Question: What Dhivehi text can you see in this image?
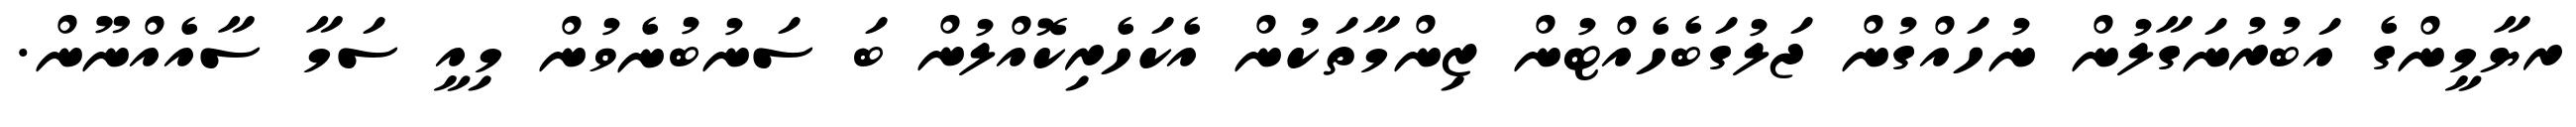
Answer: ރޔާމީންގެ އަބުރުނަގާލުން ނުހައްގުން ޖަލުގަބެހެއްޓުން ޒިންމާތަކުން އެކަހެރިކޮއްލުން ބަ ސަނުބުނެވުން މިއީ ސަމާ ސާއެއްނޫން.